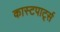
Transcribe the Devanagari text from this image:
कास्टपार्ट्स